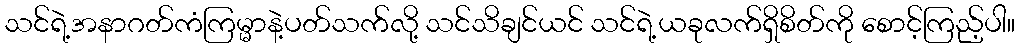
သင်ရဲ့အနာဂတ်ကံကြမ္မာနဲ့ပတ်သက်လို့ သင်သိချင်ယင် သင်ရဲ့ယခုလက်ရှိစိတ်ကို စောင့်ကြည့်ပါ။